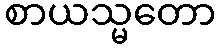
စာယသ္မတော